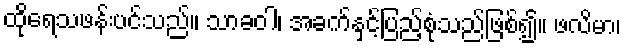
ထိုရေသဖန်းပင်သည်။ သာခဝါ၊ အခက်နှင့်ပြည့်စုံသည်ဖြစ်၍။ ဖလိမာ၊